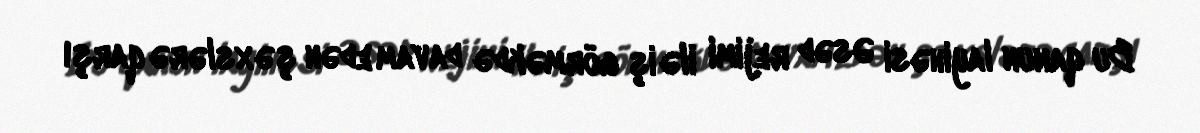
Bu qanun layihəsi Əsəd rejimi ilə iş görməkdə davam edən şəxslərə qarşı